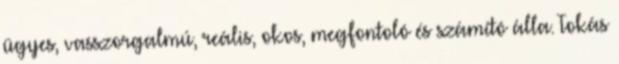
ügyes, vasszorgalmú, reális, okos, megfontoló és számító álla. Tokás